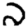
Digit: 2